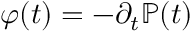
\varphi ( t ) = - \partial _ { t } { \mathbb { P } } ( t )